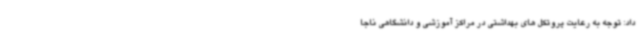
داد: توجه به رعایت پروتکل های بهداشتی در مراکز آموزشی و دانشگاهی ناجا